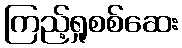
ကြည့်ရှုစစ်ဆေး